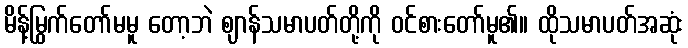
မိန့်မြွက်တော်မမူ တော့ဘဲ ဈာန်သမာပတ်တို့ကို ဝင်စားတော်မူ၏။ ထိုသမာပတ်အဆုံး